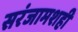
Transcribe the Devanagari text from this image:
सरंजामशही